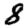
Digit: 8